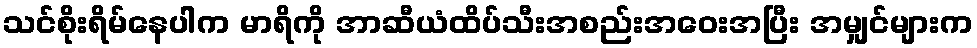
သင်စိုးရိမ်နေပါက မာရိကို အာဆီယံထိပ်သီးအစည်းအဝေးအပြီး အမျှင်များက